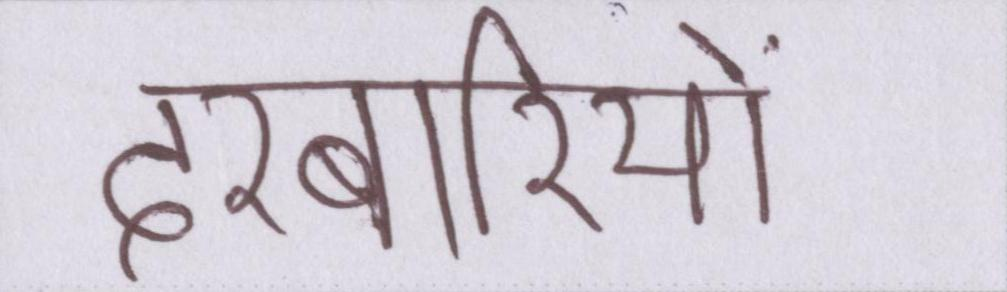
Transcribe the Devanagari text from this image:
दरबारियों